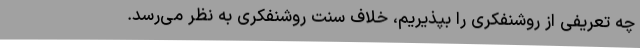
چه تعریفی از روشنفکری را بپذیریم، خلاف سنت روشنفکری به نظر می‌رسد.